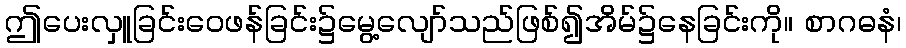
ဤပေးလှူခြင်းဝေဖန်ခြင်း၌မွေ့လျော်သည်ဖြစ်၍အိမ်၌နေခြင်းကို။ စာဂဓနံ၊